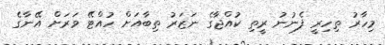
މިހާރު ތިހިރީ ފެނުނު ރީތި ކުއްޖާގެ ނަޒަރު ތިބާއަށް ހުއްޓޭ ވަރަށް އޭނާގެ